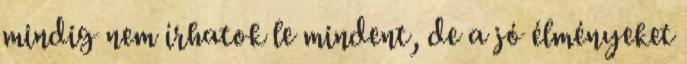
mindig nem írhatok le mindent, de a jó élményeket